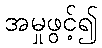
အမှုဖွင့်၍